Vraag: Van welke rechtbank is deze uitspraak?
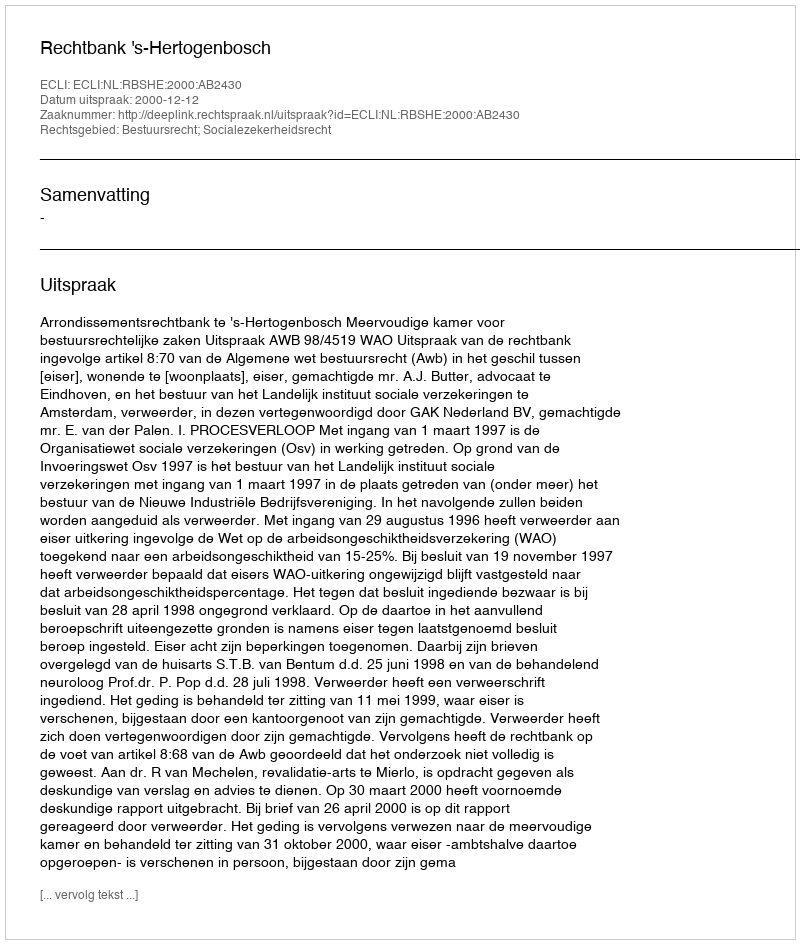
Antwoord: Rechtbank 's-Hertogenbosch